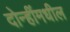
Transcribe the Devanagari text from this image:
दोन्हींमधील